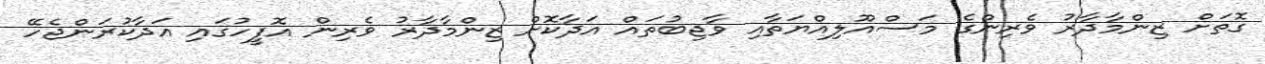
ގޮތަށް ޒިންމާދާރު ވެރިންގެ މަސްއޫލިއްޔަތާއި ވާޖިބުތައް އަދާކޮށް ޒިންމާދާރު ވެރިން އޮފީހުގައި އަދާކުރަންޖެހޭ